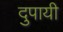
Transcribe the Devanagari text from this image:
दुपायी